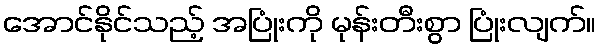
အောင်နိုင်သည့် အပြုံးကို မုန်းတီးစွာ ပြုံးလျက်။